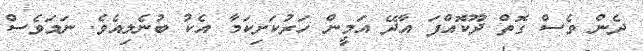
ދެން ވެސް ގޮތް ދޫކޮއްފަ އާދޭ އަމީން ހަރުކަށިކަމާ އެކު ބުނެލިއެވެ. ނަމަވެސް